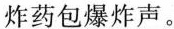
炸药包爆炸声。